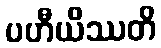
ပဟီယိဿတိ